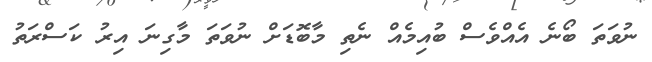
ނުވަތަ ބޯނެ އެއްވެސް ބުއިމެއް ނެތި މާބޮޑަށް ނުވަތަ މާގިނަ އިރު ކަސްރަތު